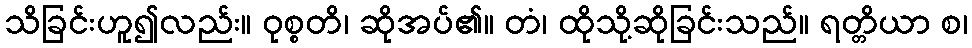
သိခြင်းဟူ၍လည်း။ ဝုစ္စတိ၊ ဆိုအပ်၏။ တံ၊ ထိုသို့ဆိုခြင်းသည်။ ရတ္တိယာ စ၊